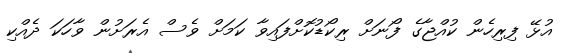
އުޅޭ ފިރިހެން ކުއްޖާގެ ފޯނަށް ރިކޯޑުކޮށްފައިވާ ކަމަށް ވެސް އެރަށުން ވާހަކަ ދެއްކި